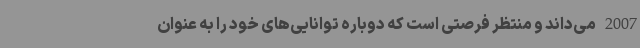
2007 می‌داند و منتظر فرصتی است که دوباره توانایی‌های خود را به عنوان